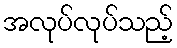
အလုပ်လုပ်သည့်